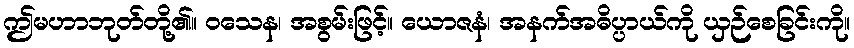
ဤမဟာဘုတ်တို့၏။ ဝသေန၊ အစွမ်းဖြင့်။ ယောဇနံ၊ အနက်အဓိပ္ပာယ်ကို ယှဉ်စေခြင်းကို။